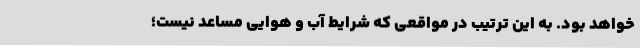
خواهد بود. به این ترتیب در مواقعی که شرایط آب و هوایی مساعد نیست؛